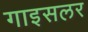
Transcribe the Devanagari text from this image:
गाइसलर